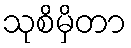
သုစိမှိတာ